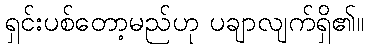
ရှင်းပစ်တော့မည်ဟု ပချာလျက်ရှိ၏။